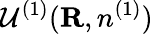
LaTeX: {\cal U}^{(1)}({\mathbf R},n^{(1)})